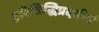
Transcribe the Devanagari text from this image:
हरिसिद्धिप्रदतीर्थ